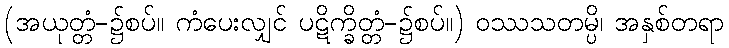
(အယုတ္တံ-၌စပ်။ ကံပေးလျှင် ပဋိက္ခိတ္တံ-၌စပ်။) ဝဿသတမ္ပိ၊ အနှစ်တရာ